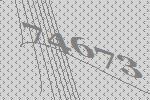
74673